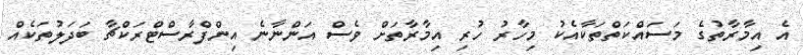
އެ އިމާރާތުގެ މަސައްކަތްތަކާއެކު މިހާރު ހުރި އިމާރާތަށް ވެސް އަންނާނެ އިންފްރާސްޓްރަކްޗާ ބަދަލުތަކެއް